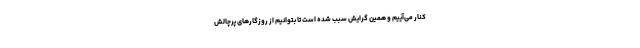
کنار می‌آییم و همین گرایش سبب شده است تا بتوانیم از روزگارهای پرچالش